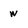
Character: w